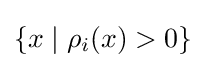
\{x\mid \rho _{i}(x)>0\}